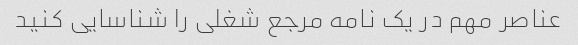
عناصر مهم در یک نامه مرجع شغلی را شناسایی کنید